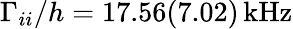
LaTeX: \Gamma_{ii}/h=17.56(7.02)\, \mathrm{{kHz}}